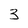
Character: 3